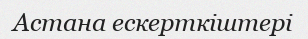
Астана ескерткіштері